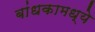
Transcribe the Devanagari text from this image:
बांधकामध्ये